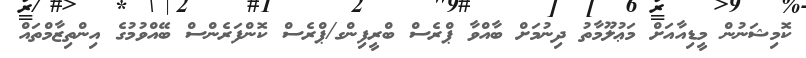
ކޮމިޝަނުން މީޑިއާއަށް މަޢުލޫމާތު ދިނުމަށް ބާއްވާ ޕްރެސް ބްރީފިންގ/ޕްރެސް ކޮންފަރެންސް ބޭއްވުމުގެ އިންތިޒާމްތައް